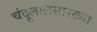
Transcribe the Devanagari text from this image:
चंदूलालसारख्या